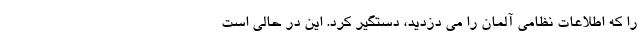
را که اطلاعات نظامی آلمان را می دزدید، دستگیر کرد. این در حالی است